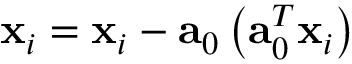
\mathbf { x } _ { i } = { \mathbf { x } } _ { i } - { \mathbf { a } } _ { 0 } \left( { \mathbf { a } } _ { 0 } ^ { T } { \mathbf { x } } _ { i } \right)